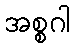
အစ္စဂါ